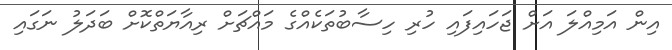
އިން އަމިއްލަ އަށް ޖަހައިފައި ހުރި ހިސާބުތަކެއްގެ މައްޗަށް ރިއާޔަތްކޮށް ބަދަލު ނަގައި